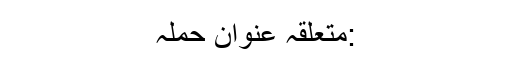
:متعلقہ عنوان حملہ